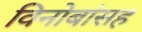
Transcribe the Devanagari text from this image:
विनोबांसह